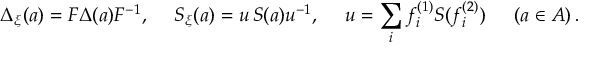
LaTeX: \Delta _ { \xi } ( a ) = F \Delta ( a ) F ^ { - 1 } , \quad \; S _ { \xi } ( a ) = u \, S ( a ) u ^ { - 1 } , \quad \; u = \sum _ { i } f _ { i } ^ { ( 1 ) } S ( f _ { i } ^ { ( 2 ) } ) \, \quad \; ( a \in A ) \, .